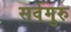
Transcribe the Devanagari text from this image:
सर्वगुरु